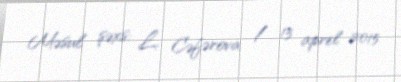
Məsul şəxs: L. Cəfərova / 13 aprel 2015